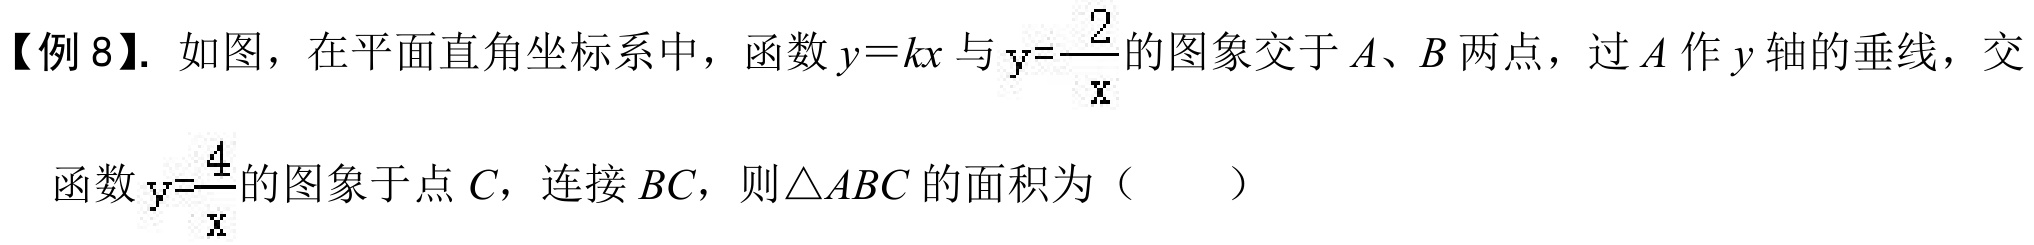
【例8】. 如图，在平面直角坐标系中，函数\(y = kx\)与\(y=\dfrac{2}{x}\)的图象交于\(A\)、\(B\)两点，过\(A\)作\(y\)轴的垂线，交
函数\(y = \dfrac{4}{x}\)的图象于点\(C\)，连接\(BC\)，则\(\triangle ABC\)的面积为（  ）